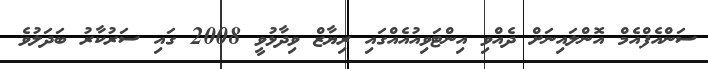
ސަންއެފްއެމް އޮންލައިނަށް ދެއްވި އިންޓަވިއުއެއްގައި ރިޔާޒް ވިދާޅުވީ 2008 ގައި ސަރުކާރު ބަދަލުވެ